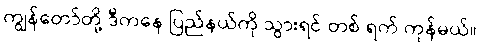
ကျွန်တော်တို့ ဒီကနေ ပြည်နယ်ကို သွားရင် တစ် ရက် ကုန်မယ်။